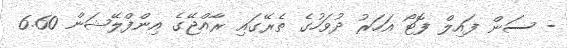
- ސަން ފައިލް ފޮޓޯ އަހަރު ދުވަހުގެ ތެރޭގައި ރާއްޖޭގެ އިންފްލޭޝަން 6.60